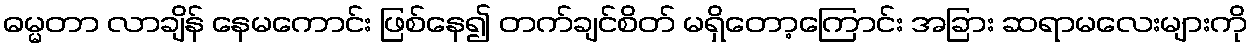
ဓမ္မတာ လာချိန် နေမကောင်း ဖြစ်နေ၍ တက်ချင်စိတ် မရှိတော့ကြောင်း အခြား ဆရာမလေးများကို